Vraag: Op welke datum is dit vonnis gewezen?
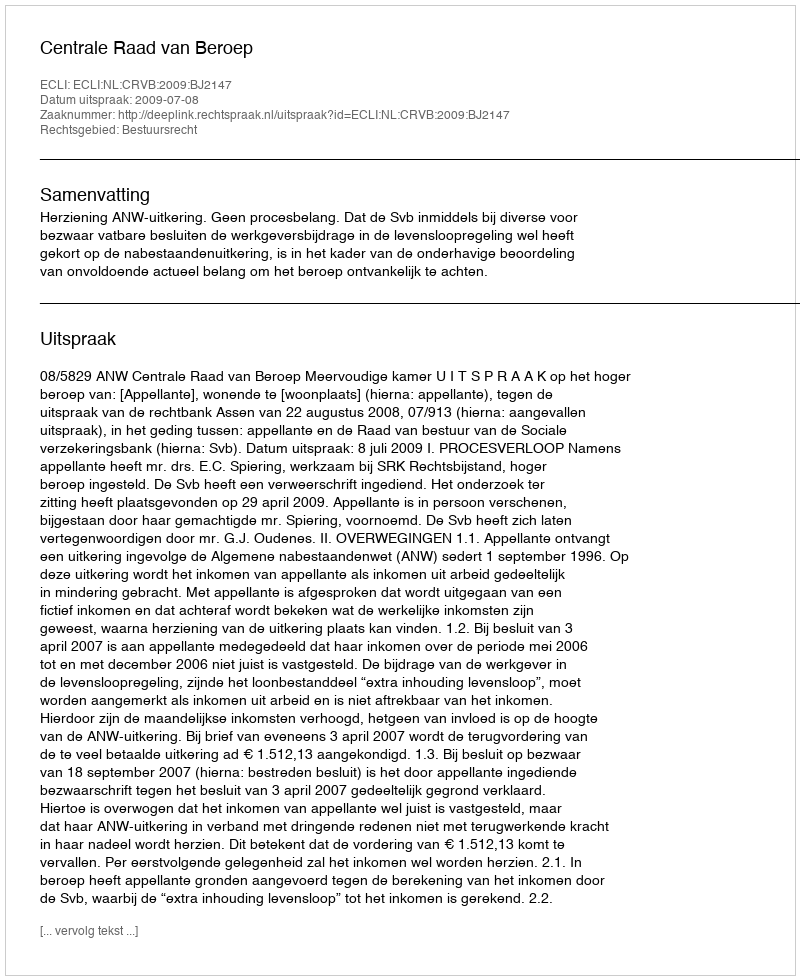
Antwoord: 2009-07-08